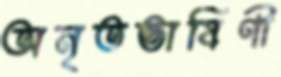
অনৃতভাষিণী